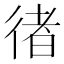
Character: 𢔪